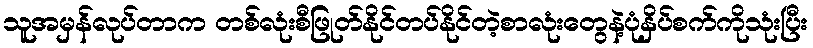
သူအမှန်လုပ်တာက တစ်လုံးစီဖြုတ်နိုင်တပ်နိုင်တဲ့စာလုံးတွေနဲ့ပုံနှိပ်စက်ကိုသုံးပြီး